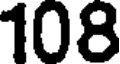
108